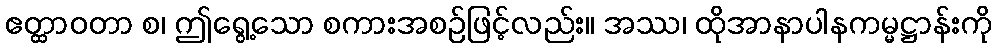
ဧတ္ထာဝတာ စ၊ ဤရွေ့သော စကားအစဉ်ဖြင့်လည်း။ အဿ၊ ထိုအာနာပါနကမ္မဋ္ဌာန်းကို